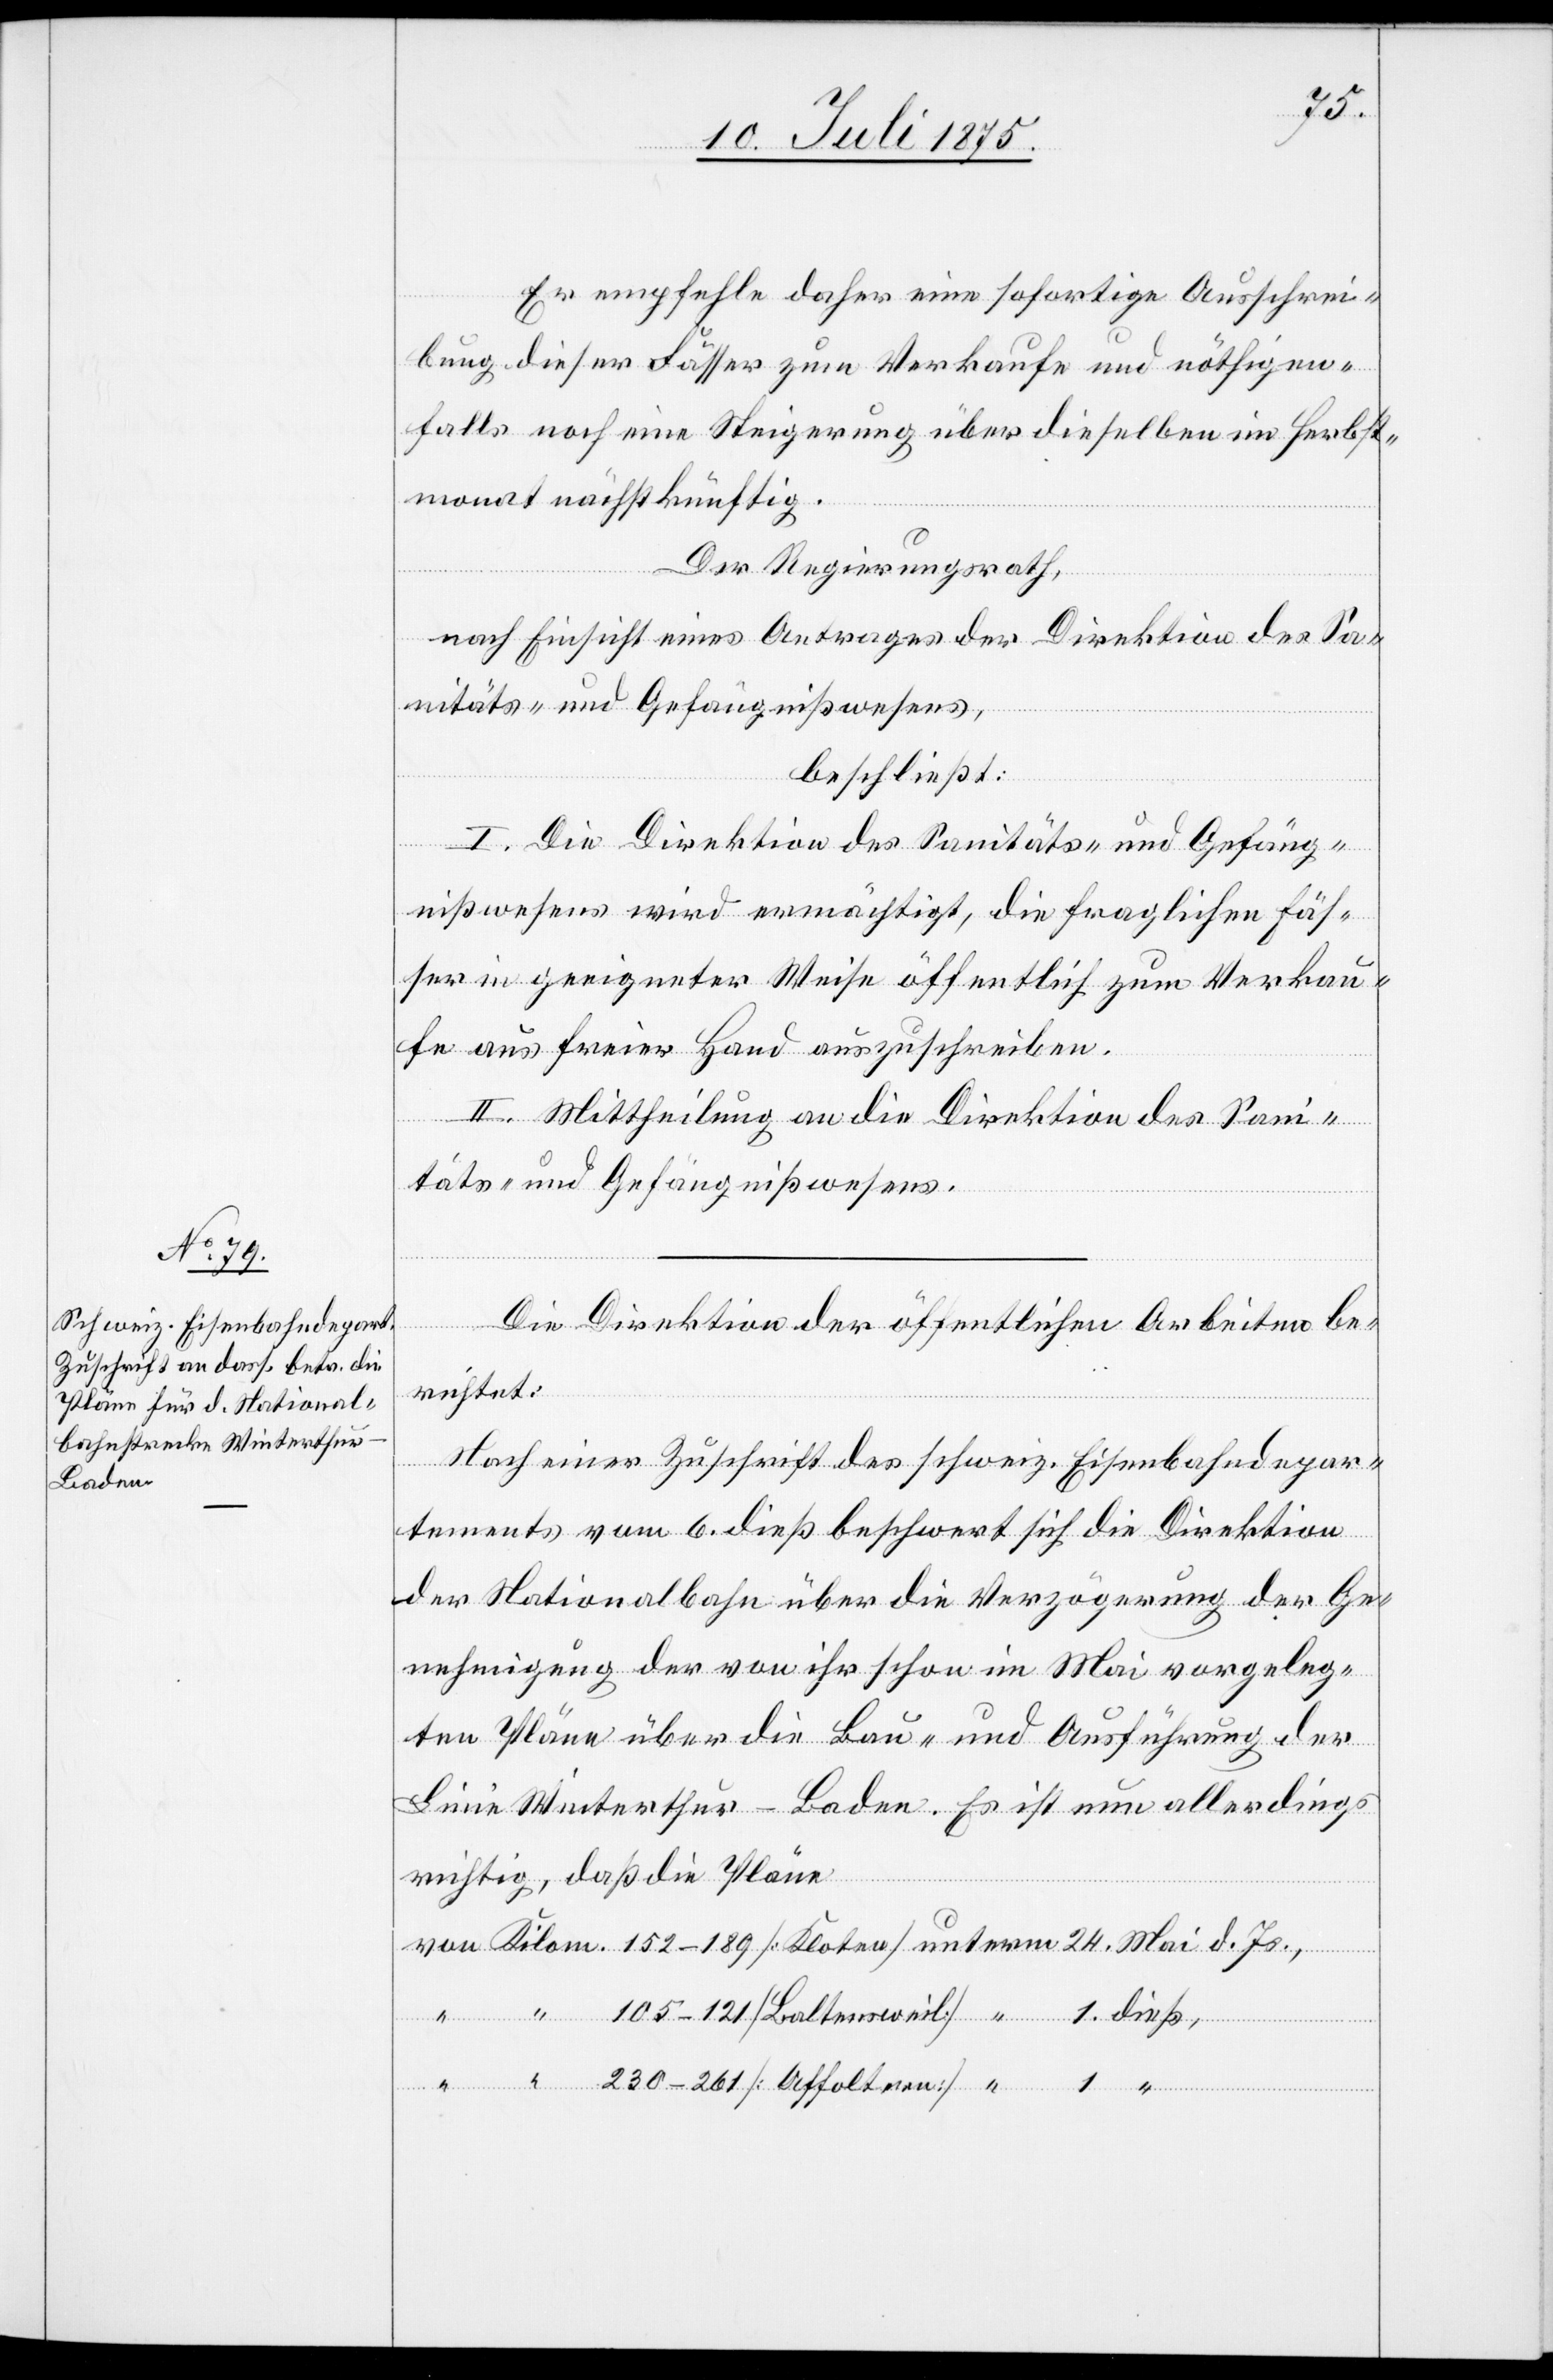
1.
Er empfehle daher eine sofortige Ausschrei¬
bung dieser Fässer zum Verkaufe und nöthigen¬
falls noch eine Steigerung über dieselben im Herbst¬
monat nächstkünftig.
Der Regierungsrath,
nach Einsicht eines Antrages der Direktion des Sa¬
nitäts- und Gefängnißwesens,
beschließt:
I. Die Direktion des Sanitäts- und Gefäng¬
nißwesens wird ermächtigt, die fraglichen Fäs¬
ser in geeigneter Weise öffentlich zum Verkau¬
fe aus freier Hand auszuschreiben.
II. Mittheilung an die Direktion des Sani¬
täts- und Gefängnißwesens.
Die Direktion der öffentlichen Arbeiten be¬
richtet:
Nach einer Zuschrift des schweiz. Eisenbahndepar¬
tements vom 6. dieß. beschwert sich die Direktion
der Nationalbahn über die Verzögerung der Ge¬
nehmigung der von ihr schon im Mai vorgeleg¬
ten Pläne über die Bau- und Ausführung der
Linie Winterthur–Baden. Es ist nun allerdings
richtig, daß die Pläne